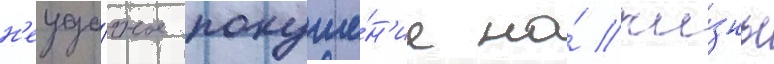
н'еуда́чное покуше́н'ие на́ жи́знь